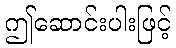
ဤဆောင်းပါးဖြင့်